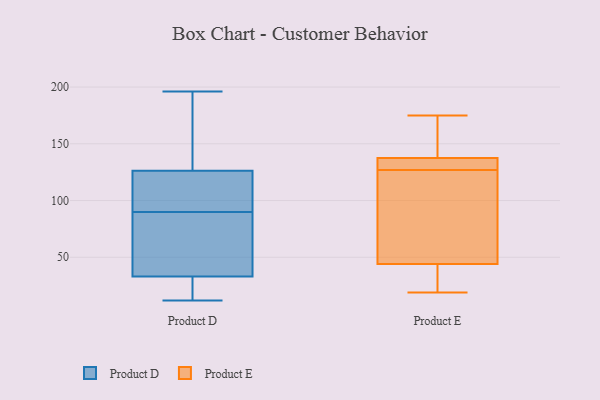
{"axis": {"x": "Production Output", "y": "Value"}, "legend": ["Product D", "Product E"], "data": [{"x": "", "y": 29, "type": "Product D"}, {"x": "", "y": 30, "type": "Product D"}, {"x": "", "y": 130, "type": "Product D"}, {"x": "", "y": 34, "type": "Product D"}, {"x": "", "y": 90, "type": "Product D"}, {"x": "", "y": 196, "type": "Product D"}, {"x": "", "y": 119, "type": "Product D"}, {"x": "", "y": 83, "type": "Product D"}, {"x": "", "y": 95, "type": "Product D"}, {"x": "", "y": 12, "type": "Product D"}, {"x": "", "y": 44, "type": "Product D"}, {"x": "", "y": 150, "type": "Product D"}, {"x": "", "y": 125, "type": "Product D"}, {"x": "", "y": 22, "type": "Product D"}, {"x": "", "y": 109, "type": "Product D"}, {"x": "", "y": 140, "type": "Product D"}, {"x": "", "y": 71, "type": "Product D"}, {"x": "", "y": 19, "type": "Product E"}, {"x": "", "y": 132, "type": "Product E"}, {"x": "", "y": 147, "type": "Product E"}, {"x": "", "y": 23, "type": "Product E"}, {"x": "", "y": 65, "type": "Product E"}, {"x": "", "y": 132, "type": "Product E"}, {"x": "", "y": 124, "type": "Product E"}, {"x": "", "y": 136, "type": "Product E"}, {"x": "", "y": 51, "type": "Product E"}, {"x": "", "y": 142, "type": "Product E"}, {"x": "", "y": 175, "type": "Product E"}, {"x": "", "y": 127, "type": "Product E"}, {"x": "", "y": 19, "type": "Product E"}]}